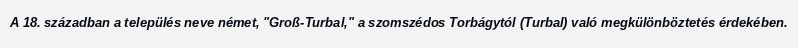
A 18. században a település neve német, "Groß-Turbal," a szomszédos Torbágytól (Turbal) való megkülönböztetés érdekében.